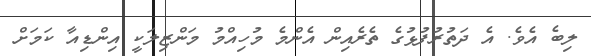
ލިބެ އެވެ. އެ ދަތުރުފުޅުގެ ތެރެއިން އެންމެ މުހިއްމު މަންޒިލަކީ އިންޑިއާ ކަމަށް